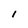
Character: I